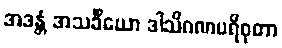
အဒန္တံ အသင်္ခိယော ဒါသိဂဏပရိဝုတာ